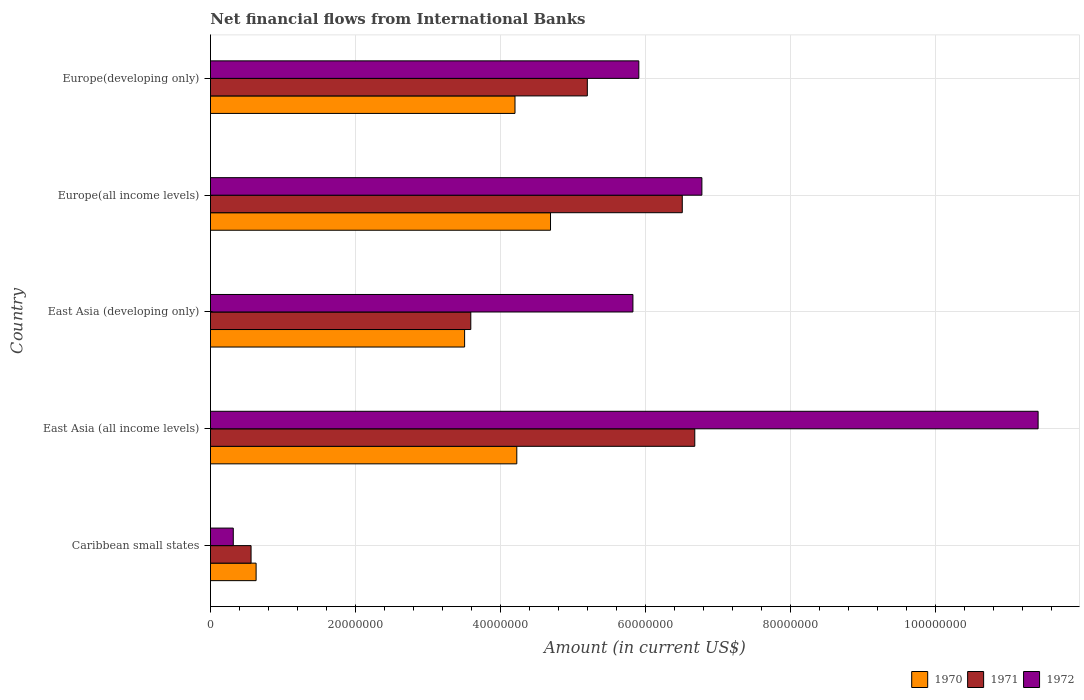
| Country | 1970 | 1971 | 1972 |
 | --- | --- | --- | --- |
 | Caribbean small states | 6.3e+06 | 5.6e+06 | 3.15e+06 |
 | East Asia (all income levels) | 4.23e+07 | 6.68e+07 | 1.14e+08 |
 | East Asia (developing only) | 3.51e+07 | 3.59e+07 | 5.83e+07 |
 | Europe(all income levels) | 4.69e+07 | 6.51e+07 | 6.78e+07 |
 | Europe(developing only) | 4.2e+07 | 5.2e+07 | 5.91e+07 |